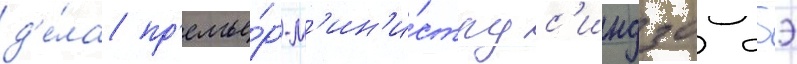
д'е́ла пр'емье́р-м'ин'и́стру с'индзо абэ